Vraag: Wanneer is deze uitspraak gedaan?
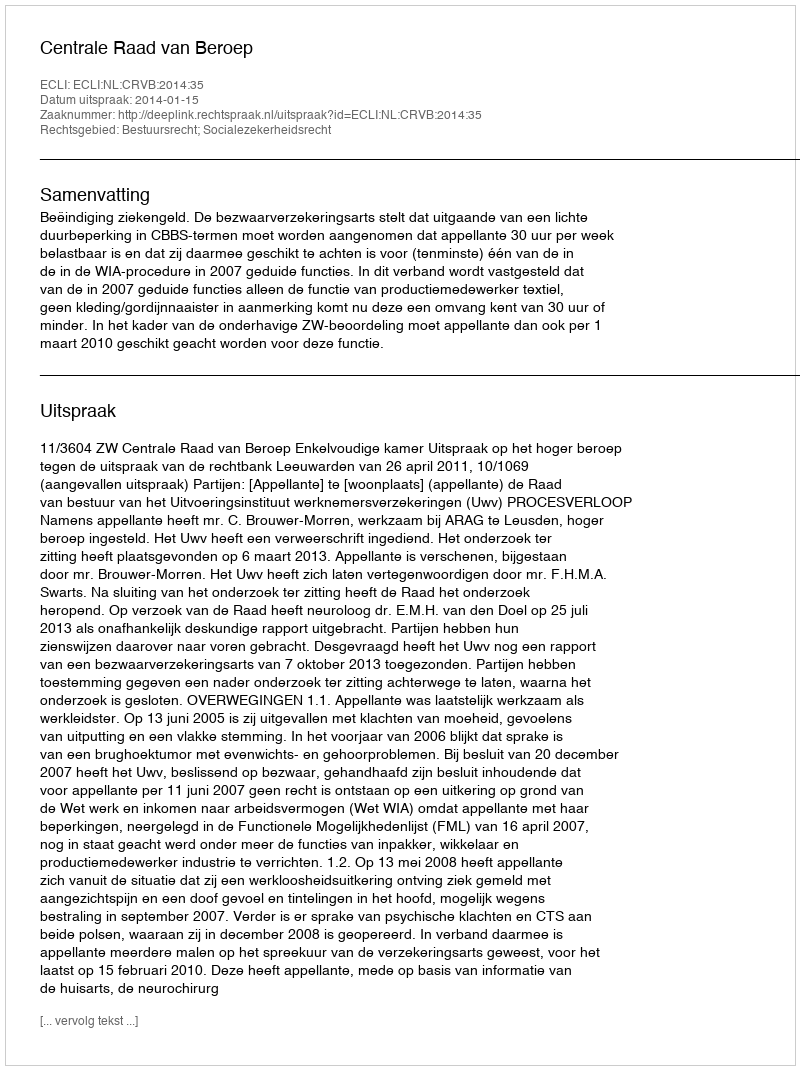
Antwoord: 2014-01-15